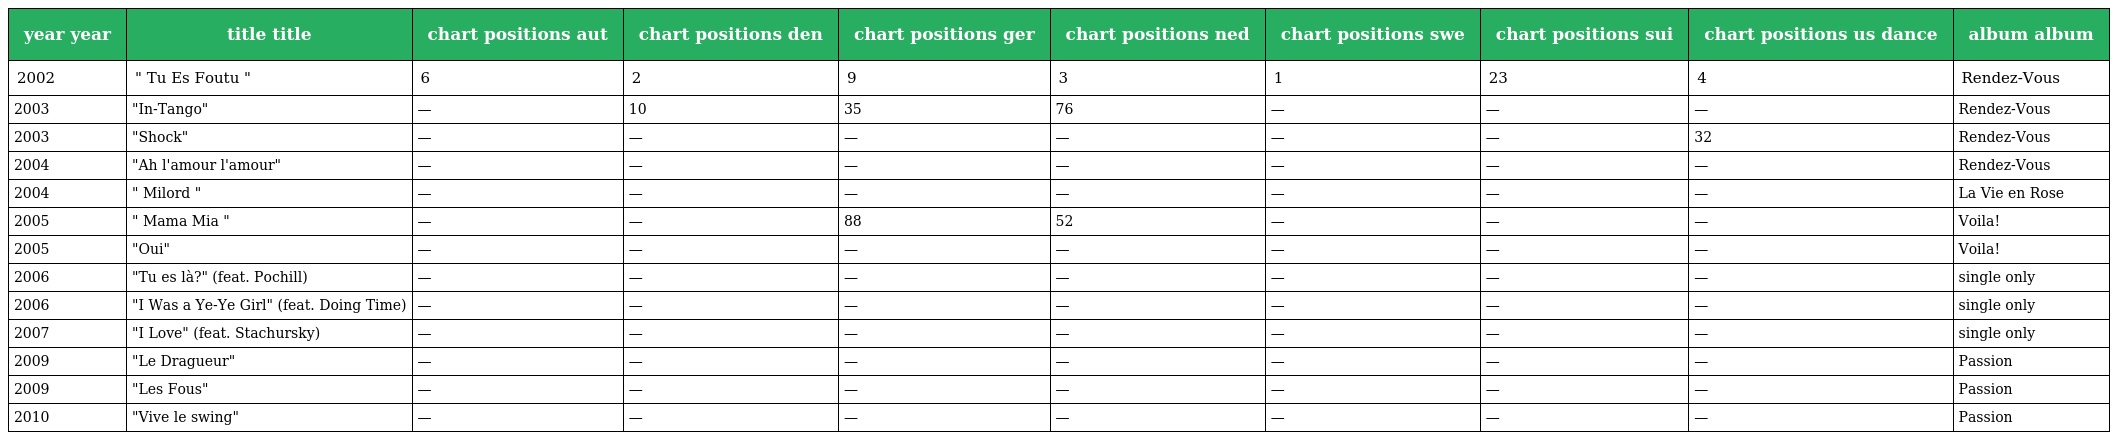
| year year | title title | chart positions aut | chart positions den | chart positions ger | chart positions ned | chart positions swe | chart positions sui | chart positions us dance | album album |
 | --- | --- | --- | --- | --- | --- | --- | --- | --- | --- |
 | 2002 | " Tu Es Foutu " | 6 | 2 | 9 | 3 | 1 | 23 | 4 | Rendez-Vous |
 | 2003 | "In-Tango" | — | 10 | 35 | 76 | — | — | — | Rendez-Vous |
 | 2003 | "Shock" | — | — | — | — | — | — | 32 | Rendez-Vous |
 | 2004 | "Ah l'amour l'amour" | — | — | — | — | — | — | — | Rendez-Vous |
 | 2004 | " Milord " | — | — | — | — | — | — | — | La Vie en Rose |
 | 2005 | " Mama Mia " | — | — | 88 | 52 | — | — | — | Voila! |
 | 2005 | "Oui" | — | — | — | — | — | — | — | Voila! |
 | 2006 | "Tu es là?" (feat. Pochill) | — | — | — | — | — | — | — | single only |
 | 2006 | "I Was a Ye-Ye Girl" (feat. Doing Time) | — | — | — | — | — | — | — | single only |
 | 2007 | "I Love" (feat. Stachursky) | — | — | — | — | — | — | — | single only |
 | 2009 | "Le Dragueur" | — | — | — | — | — | — | — | Passion |
 | 2009 | "Les Fous" | — | — | — | — | — | — | — | Passion |
 | 2010 | "Vive le swing" | — | — | — | — | — | — | — | Passion |